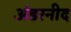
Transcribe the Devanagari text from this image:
अंडरनीद